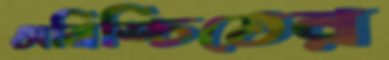
অনিশ্চিতের